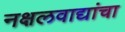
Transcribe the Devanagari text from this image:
नक्षलवाद्यांचा